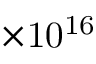
\mathrm { \times 1 0 ^ { 1 6 } }